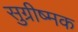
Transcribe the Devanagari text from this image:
सुग्रीष्मक